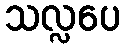
သလ္လပေ